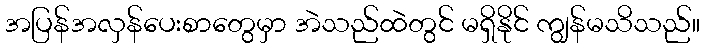
အပြန်အလှန်ပေးစာတွေမှာ အဲသည်ထဲတွင် မရှိနိုင် ကျွန်မသိသည်။